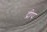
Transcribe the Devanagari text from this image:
द्रीप